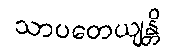
သာပတေယျန္တိ